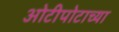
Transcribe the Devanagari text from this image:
ओटीपोटाच्या